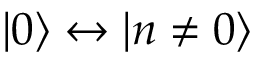
\lvert 0 \rangle \leftrightarrow \lvert n \neq 0 \rangle